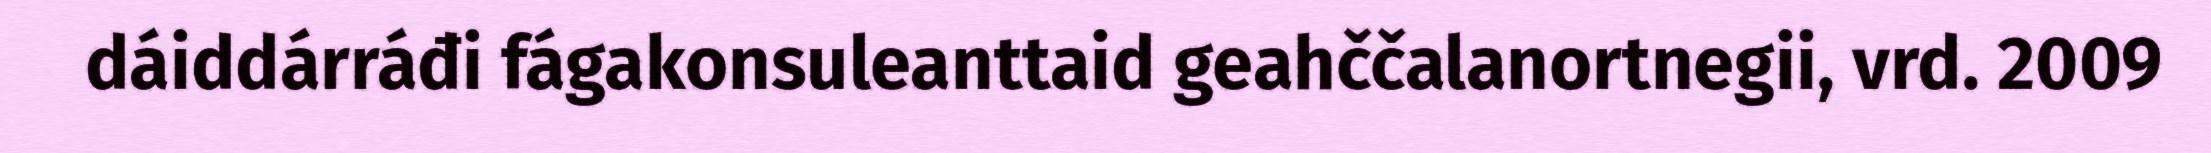
dáiddárráđi fágakonsuleanttaid geahččalanortnegii, vrd. 2009